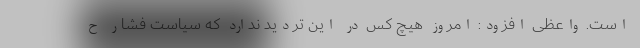
است. واعظی افزود: امروز هیچ کس در این تردید ندارد که سیاست فشار ح